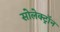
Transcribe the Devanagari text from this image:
सोलेक्ट्रॉन